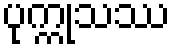
ပုက္ကုသဿ